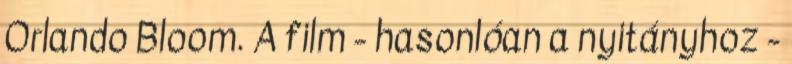
Orlando Bloom. A film - hasonlóan a nyitányhoz -